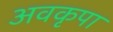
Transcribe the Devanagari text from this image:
अवकृपा